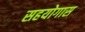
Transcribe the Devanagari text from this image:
सहयोगास